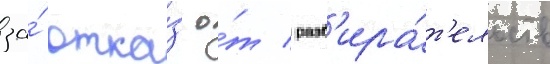
за́ отка́з о́т разб'ира́т'ельств